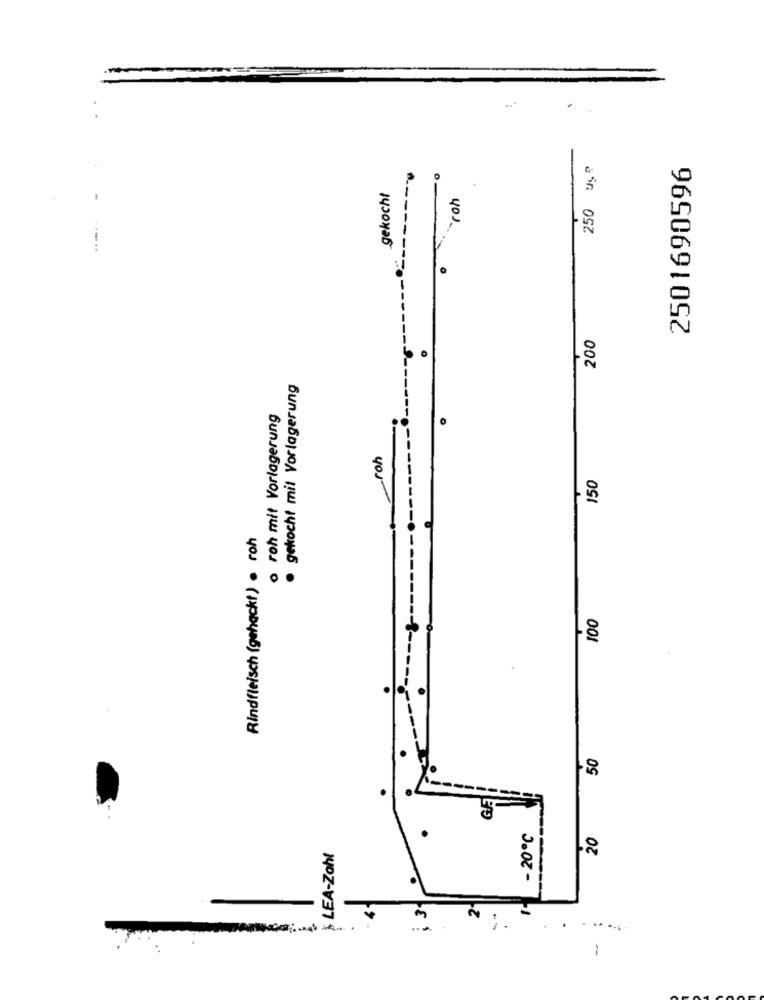
250 us?
2501690596
gekocht
roh
200
gekocht mit Vorlagerung
o roh mit Vorlagerung
-roh
150
Rindfleisch (gehackt) . roh
100
50
.
GF.
- 20℃
20
৳ LEA-Zahl
31
-